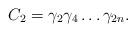
LaTeX: \begin{align*}C_2= \gamma_2\gamma_4\ldots \gamma_{2n}.\end{align*}